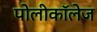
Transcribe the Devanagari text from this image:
पोलीकॉलेज